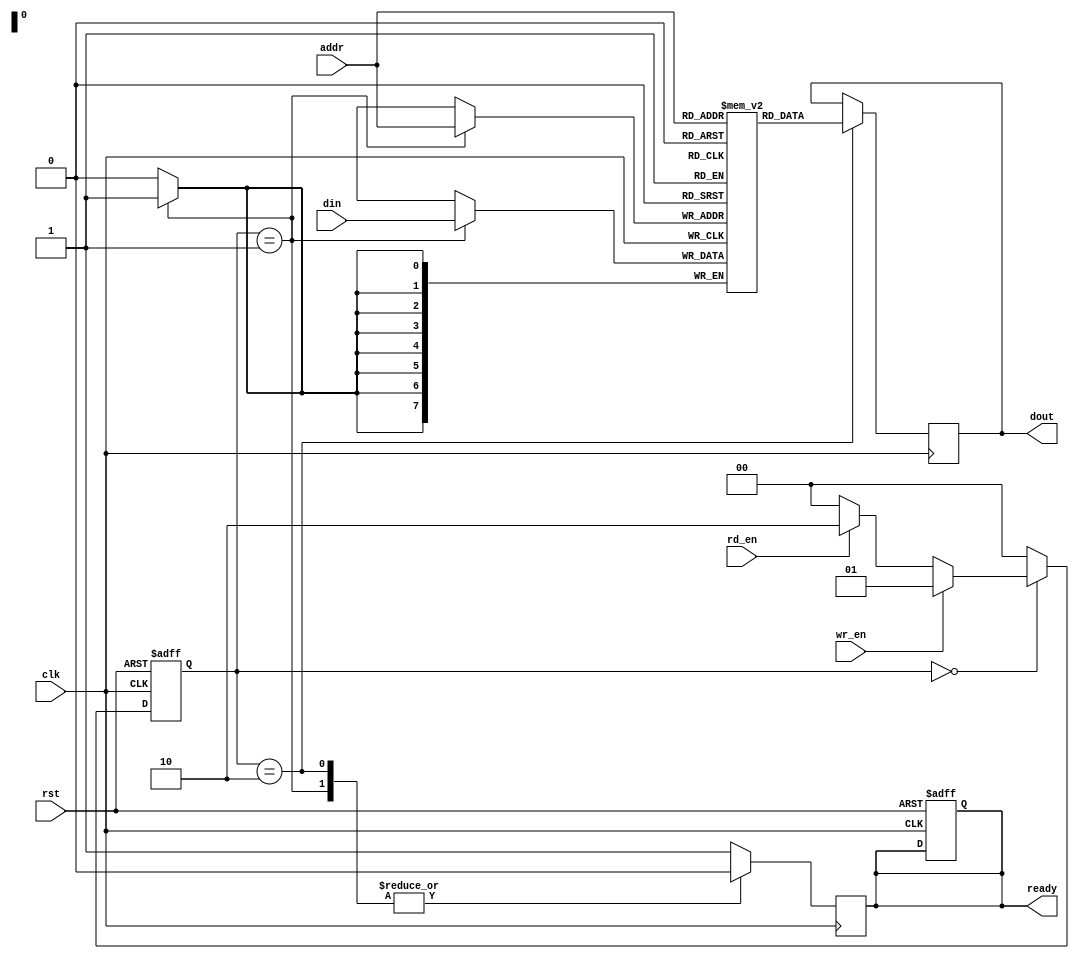
module PipelineSRAM #(
    parameter ADDR_WIDTH = 8,     // Address width
    parameter DATA_WIDTH = 8,      // Data width
    parameter MEM_DEPTH = 256      // Memory depth (2^ADDR_WIDTH)
)(
    input wire clk,                // Clock signal
    input wire rst,                // Reset signal
    input wire wr_en,              // Write enable signal
    input wire rd_en,              // Read enable signal
    input wire [ADDR_WIDTH-1:0] addr, // Address for read/write
    input wire [DATA_WIDTH-1:0] din,  // Data input for write
    output reg [DATA_WIDTH-1:0] dout,  // Data output for read
    output reg ready               // Ready signal
);

    // Memory array (SRAM cells)
    reg [DATA_WIDTH-1:0] memory [0:MEM_DEPTH-1];

    // I/O Buffer
    reg [DATA_WIDTH-1:0] io_buffer;
    
    // Address Decoder
    wire [ADDR_WIDTH-1:0] decoded_addr;

    // Control logic
    reg [1:0] state, next_state;
    localparam IDLE = 2'b00,
               WRITE = 2'b01,
               READ = 2'b10;

    // Pipeline control logic
    always @(posedge clk or posedge rst) begin
        if (rst) begin
            state <= IDLE;
            ready <= 1'b1;
        end else begin
            state <= next_state;
        end
    end

    // Next state logic
    always @(*) begin
        case (state)
            IDLE: begin
                if (wr_en) next_state = WRITE;
                else if (rd_en) next_state = READ;
                else next_state = IDLE;
            end
            WRITE: begin
                next_state = IDLE; // Move back to IDLE after write
            end
            READ: begin
                next_state = IDLE; // Move back to IDLE after read
            end
            default: next_state = IDLE;
        endcase
    end

    // Memory operations
    always @(posedge clk) begin
        case (state)
            WRITE: begin
                memory[addr] <= din; // Write data to memory
                io_buffer <= din;     // Update I/O buffer
                ready <= 1'b0;       // Not ready until operation completes
            end
            READ: begin
                dout <= memory[addr]; // Read data from memory
                io_buffer <= dout;     // Update I/O buffer
                ready <= 1'b0;        // Not ready until operation completes
            end
            default: begin
                ready <= 1'b1;        // Ready in IDLE state
            end
        endcase
    end

endmodule